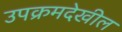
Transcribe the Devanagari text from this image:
उपक्रमदेखील